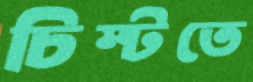
চিম্‌টতে